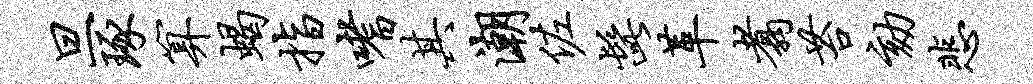
旦琢算蝎指嗜其潮佐髭革翥苔劾悲